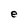
Character: e